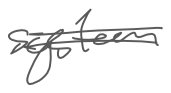
Text: system
Cross-out: double-line
Writing tool: digital_gray